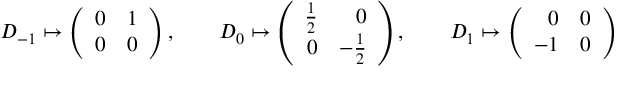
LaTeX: D _ { - 1 } \mapsto \left( \begin{array} { r r } { { 0 } } & { { 1 } } \\ { { 0 } } & { { 0 } } \end{array} \right) , \qquad D _ { 0 } \mapsto \left( \begin{array} { r r } { { { \textstyle \frac 1 2 } } } & { { 0 } } \\ { { 0 } } & { { - { \textstyle \frac 1 2 } } } \end{array} \right) , \qquad D _ { 1 } \mapsto \left( \begin{array} { r r } { { 0 } } & { { 0 } } \\ { { - 1 } } & { { 0 } } \end{array} \right)